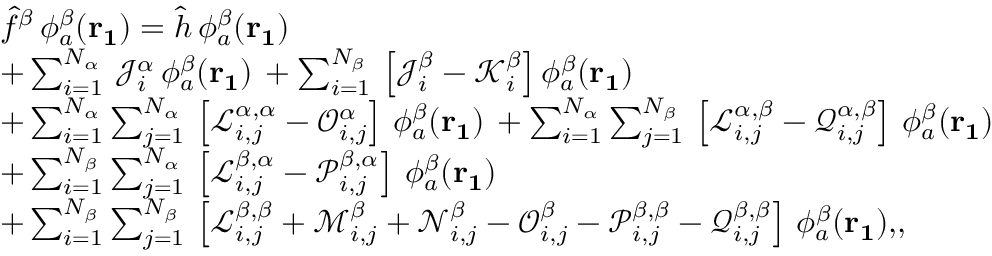
\begin{array} { r l } & { \hat { f } ^ { \beta } \, \phi _ { a } ^ { \beta } ( \mathbf { r _ { 1 } } ) = \hat { h } \, \phi _ { a } ^ { \beta } ( \mathbf { r _ { 1 } } ) } \\ & { + \sum _ { i = 1 } ^ { N _ { \alpha } } \, \mathcal { J } _ { i } ^ { \alpha } \, \phi _ { a } ^ { \beta } ( \mathbf { r _ { 1 } } ) \, + \sum _ { i = 1 } ^ { N _ { \beta } } \, \left[ \mathcal { J } _ { i } ^ { \beta } - \mathcal { K } _ { i } ^ { \beta } \right] \phi _ { a } ^ { \beta } ( \mathbf { r _ { 1 } } ) } \\ & { + \sum _ { i = 1 } ^ { N _ { \alpha } } \sum _ { j = 1 } ^ { N _ { \alpha } } \, \left[ \mathcal { L } _ { i , j } ^ { \alpha , \alpha } - \mathcal { O } _ { i , j } ^ { \alpha } \right] \, \phi _ { a } ^ { \beta } ( \mathbf { r _ { 1 } } ) \, + \sum _ { i = 1 } ^ { N _ { \alpha } } \sum _ { j = 1 } ^ { N _ { \beta } } \, \left[ \mathcal { L } _ { i , j } ^ { \alpha , \beta } - \mathcal { Q } _ { i , j } ^ { \alpha , \beta } \right] \, \phi _ { a } ^ { \beta } ( \mathbf { r _ { 1 } } ) } \\ & { + \sum _ { i = 1 } ^ { N _ { \beta } } \sum _ { j = 1 } ^ { N _ { \alpha } } \, \left[ \mathcal { L } _ { i , j } ^ { \beta , \alpha } - \mathcal { P } _ { i , j } ^ { \beta , \alpha } \right] \, \phi _ { a } ^ { \beta } ( \mathbf { r _ { 1 } } ) } \\ & { + \sum _ { i = 1 } ^ { N _ { \beta } } \sum _ { j = 1 } ^ { N _ { \beta } } \, \left[ \mathcal { L } _ { i , j } ^ { \beta , \beta } + \mathcal { M } _ { i , j } ^ { \beta } + \mathcal { N } _ { i , j } ^ { \beta } - \mathcal { O } _ { i , j } ^ { \beta } - \mathcal { P } _ { i , j } ^ { \beta , \beta } - \mathcal { Q } _ { i , j } ^ { \beta , \beta } \right] \, \phi _ { a } ^ { \beta } ( \mathbf { r _ { 1 } } ) \mathrm { , } \mathrm { , } } \end{array}